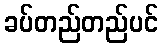
ခပ်တည်တည်ပင်